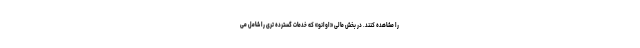
را مشاهده کنند. در بخش مالی «اوانو» که خدمات گسترده تری را شامل می